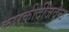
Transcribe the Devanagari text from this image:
कारकीर्दीजवळ